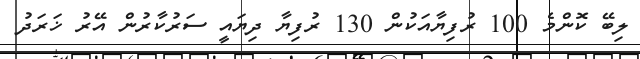
ލިބޭ ކޮންމެ 100 ރުފިޔާއަކުން 130 ރުފިޔާ ދިޔައީ ސަރުކާރުން އޭރު ޚަރަދު